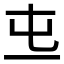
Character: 𠀏